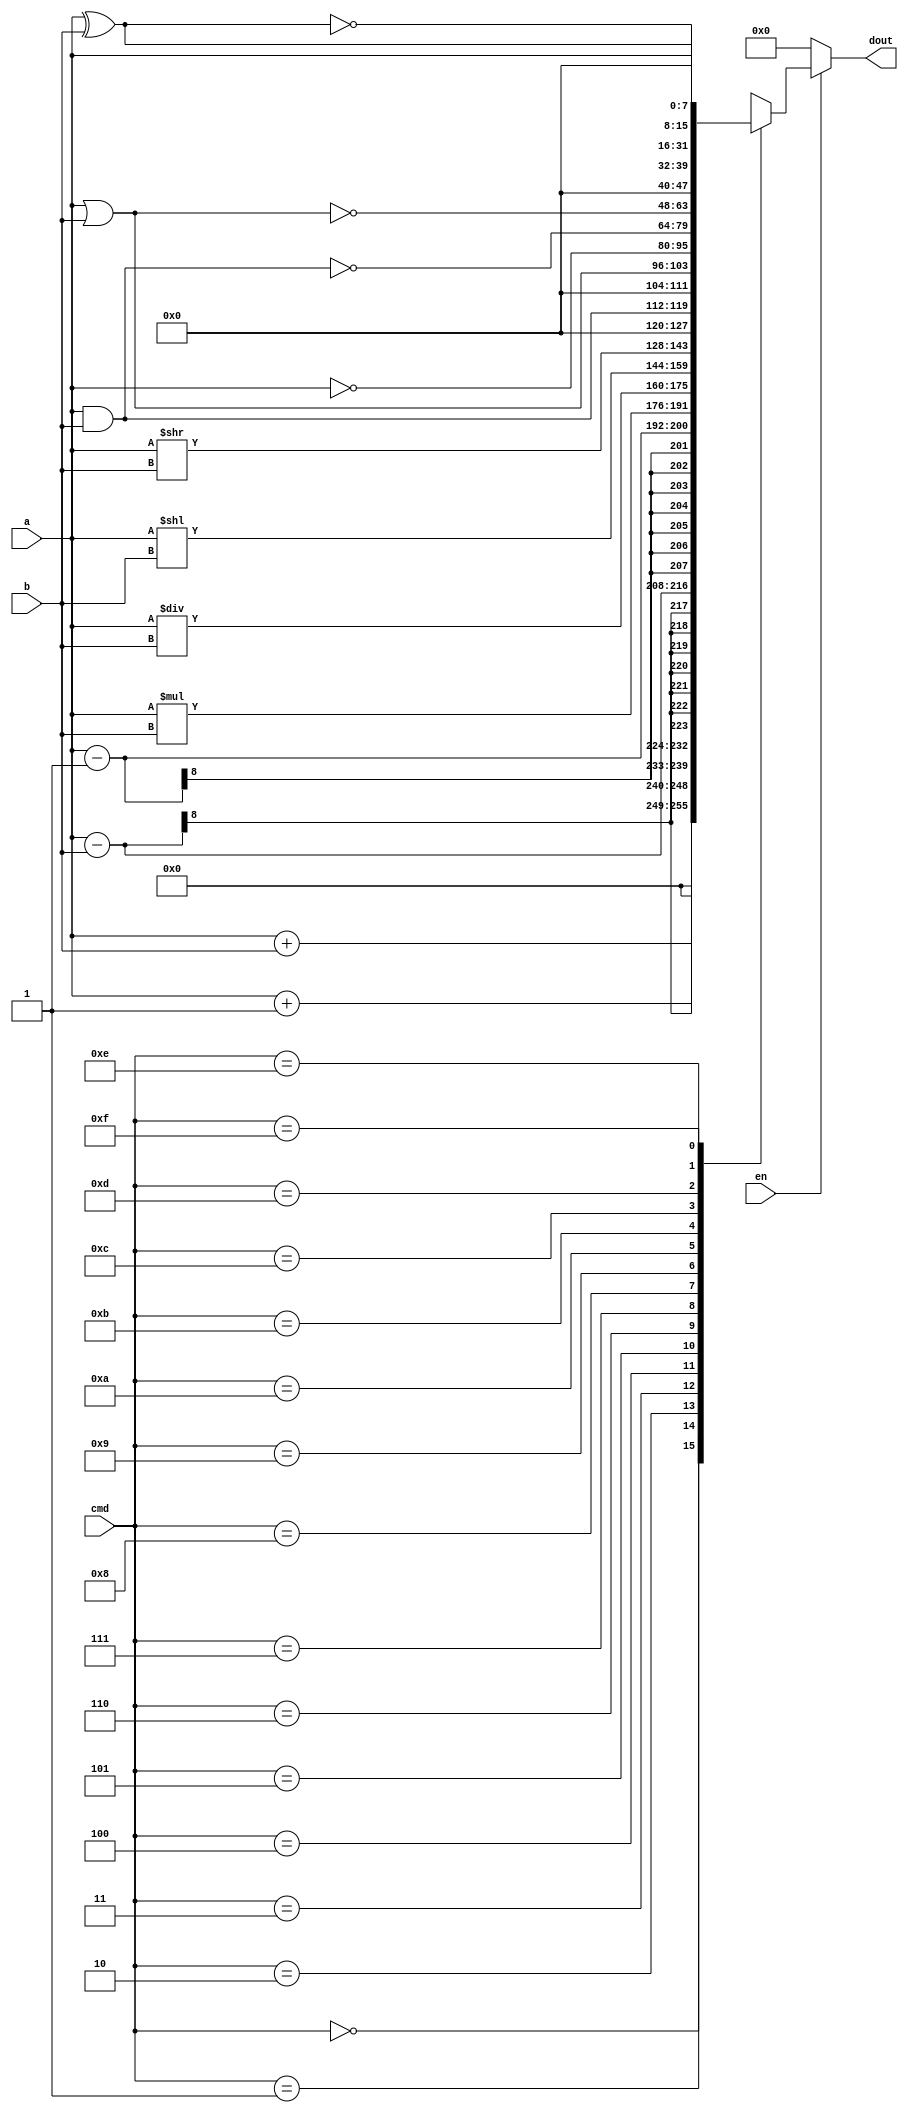
module ALU(a,b,cmd,en,dout);
input [7:0]a,b;
input [3:0]cmd;
input en;
output [15:0]dout;
parameter 
Add=4'b0000,
Inc=4'b0001,
Sub=4'b0010,
Dec=4'b0011,
Mul=4'b0100,
Div=4'b0101,
Shl=4'b0110,
Shr=4'b0111,
And=4'b1000,
Or=4'b1001,
Inv=4'b1010,
Nand=4'b1011,
Nor=4'b1100,
Xor=4'b1101,
Xnor=4'b1110,
Buf=4'b1111;
reg [15:0]out;
always@(*)
 begin
   case(cmd)
	  Add:out=a+b;
	  Inc:out=a+1;
	  Sub:out=a-b;
	  Dec:out=a-1;
	  Mul:out=a*b;
	  Div:out=a/b;
	  Shl:out=a<<b;
	  Shr:out=a>>b;
	  And:out=a&b;
	  Or:out=a|b;
	  Inv:out=~a;
	  Nand:out=~(a&b);
	  Nor:out=~(a|b);
	  Xor:out=a^b;
	  Xnor:out=~(a^b);
	  Buf:out=a;
	 default:out=16'h0000;
	endcase
  end
  assign dout=(en)?out:16'h0000;
endmodule